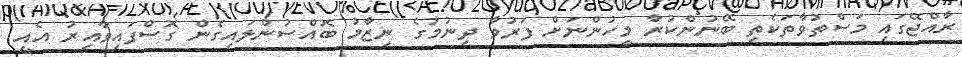
ރާއްޖޭގައި މަސްތުވާތަކެތި ބޭނުންކުރާ މީހުންނަށް ފަރުވާ ދިނުމުގެ ނިޒާމު ބޮއްސުންލައިގެން ގޮސްފައިވާއިރު އެއީ